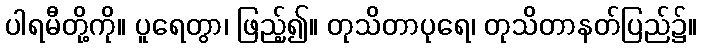
ပါရမီတို့ကို။ ပူရေတွာ၊ ဖြည့်၍။ တုသိတာပုရေ၊ တုသိတာနတ်ပြည်၌။